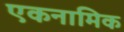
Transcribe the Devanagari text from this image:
एकनामिक